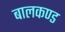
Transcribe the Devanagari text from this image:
बालकण्ड